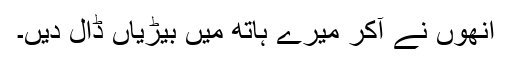
انھوں نے آکر میرے ہاتھ میں بیڑیاں ڈال دیں۔